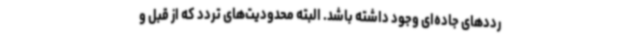
رددهای جاده‌ای وجود داشته باشد. البته محدودیت‌های تردد که از قبل و